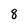
Character: 8